Civil Veterinary Department. United Provinces 1932-42 - 1932-1942
Year: 1932
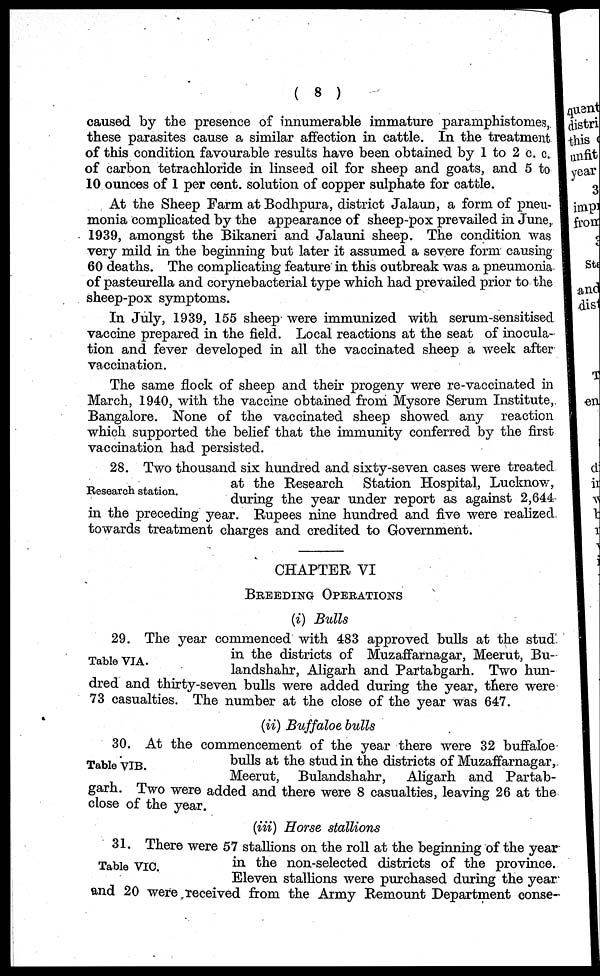
( 8 )
caused by the presence of innumerable immature paramphistomes,
these parasites cause a similar affection in cattle. In the treatment
of this condition favourable results have been obtained by 1 to 2 c. c.
of carbon tetrachloride in linseed oil for sheep and goats, and 5 to
10 ounces of 1 per cent. solution of copper sulphate for cattle.
At the Sheep Farm at Bodhpura, district Jalaun, a form of pneu-
monia complicated by the appearance of sheep-pox prevailed in June,
1939, amongst the Bikaneri and Jalauni sheep. The condition was
very mild in the beginning but later it assumed a severe form causing
60 deaths. The complicating feature in this outbreak was a pneumonia
of pasteurella and corynebacterial type which had prevailed prior to the
sheep-pox symptoms.
In July, 1939, 155 sheep were immunized with serum-sensitised
vaccine prepared in the field. Local reactions at the seat of inocula-
tion and fever developed in all the vaccinated sheep a week after
vaccination.
The same flock of sheep and their progeny were re-vaccinated in
March, 1940, with the vaccine obtained from Mysore Serum Institute,
Bangalore. None of the vaccinated sheep showed any reaction
which supported the belief that the immunity conferred by the first
vaccination had persisted.
Research station.
28. Two thousand six hundred and sixty-seven cases were treated
at the Research
Station Hospital, Lucknow,
during the year under report as against 2,644
in the preceding year. Rupees nine hundred and five were realized
towards treatment charges and credited to Government.
CHAPTER VI
BREEDING OPERATIONS
(i) Bulls
Table VIA.
29. The year commenced with 483 approved bulls at the stud
in the districts of Muzaffarnagar, Meerut, Bu-
landshahr, Aligarh and Partabgarh. Two hun-
dred and thirty-seven bulls were added during the year, there were
73 casualties. The number at the close of the year was 647.
(ii) Buffaloe bulls
Table VIB.
30. At the commencement of the year there were 32 buffaloe
bulls at the stud in the districts of Muzaffarnagar,
Meerut, Bulandshahr,
Aligarh and Partab-
garh. Two were added and there were 8 casualties, leaving 26 at the
close of the year.
(iii) Horse stallions
Table VIC.
31. There were 57 stallions on the roll at the beginning of the year
in the non-selected districts of the province.
Eleven stallions were purchased during the year
and 20 were received from the Army Remount Department conse-